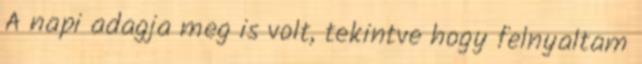
A napi adagja meg is volt, tekintve hogy felnyaltam